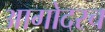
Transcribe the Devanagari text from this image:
आगोदरच